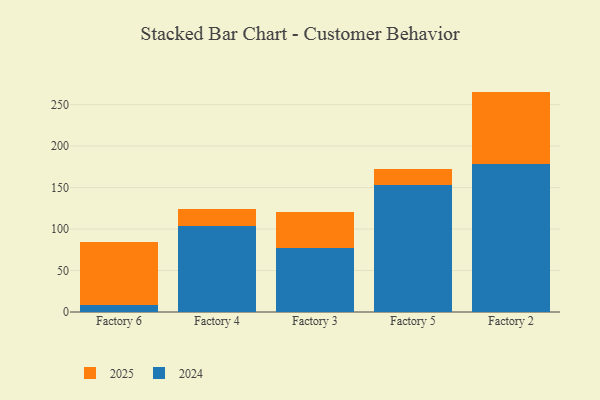
{"axis": {"x": "Factory", "y": "Demand Index"}, "legend": ["2024", "2025"], "data": [{"x": "Factory 6", "y": 75.8, "type": "2025"}, {"x": "Factory 6", "y": 8.1, "type": "2024"}, {"x": "Factory 4", "y": 20.2, "type": "2025"}, {"x": "Factory 4", "y": 103.9, "type": "2024"}, {"x": "Factory 3", "y": 44.0, "type": "2025"}, {"x": "Factory 3", "y": 76.9, "type": "2024"}, {"x": "Factory 5", "y": 19.8, "type": "2025"}, {"x": "Factory 5", "y": 153.1, "type": "2024"}, {"x": "Factory 2", "y": 87.2, "type": "2025"}, {"x": "Factory 2", "y": 178.4, "type": "2024"}]}